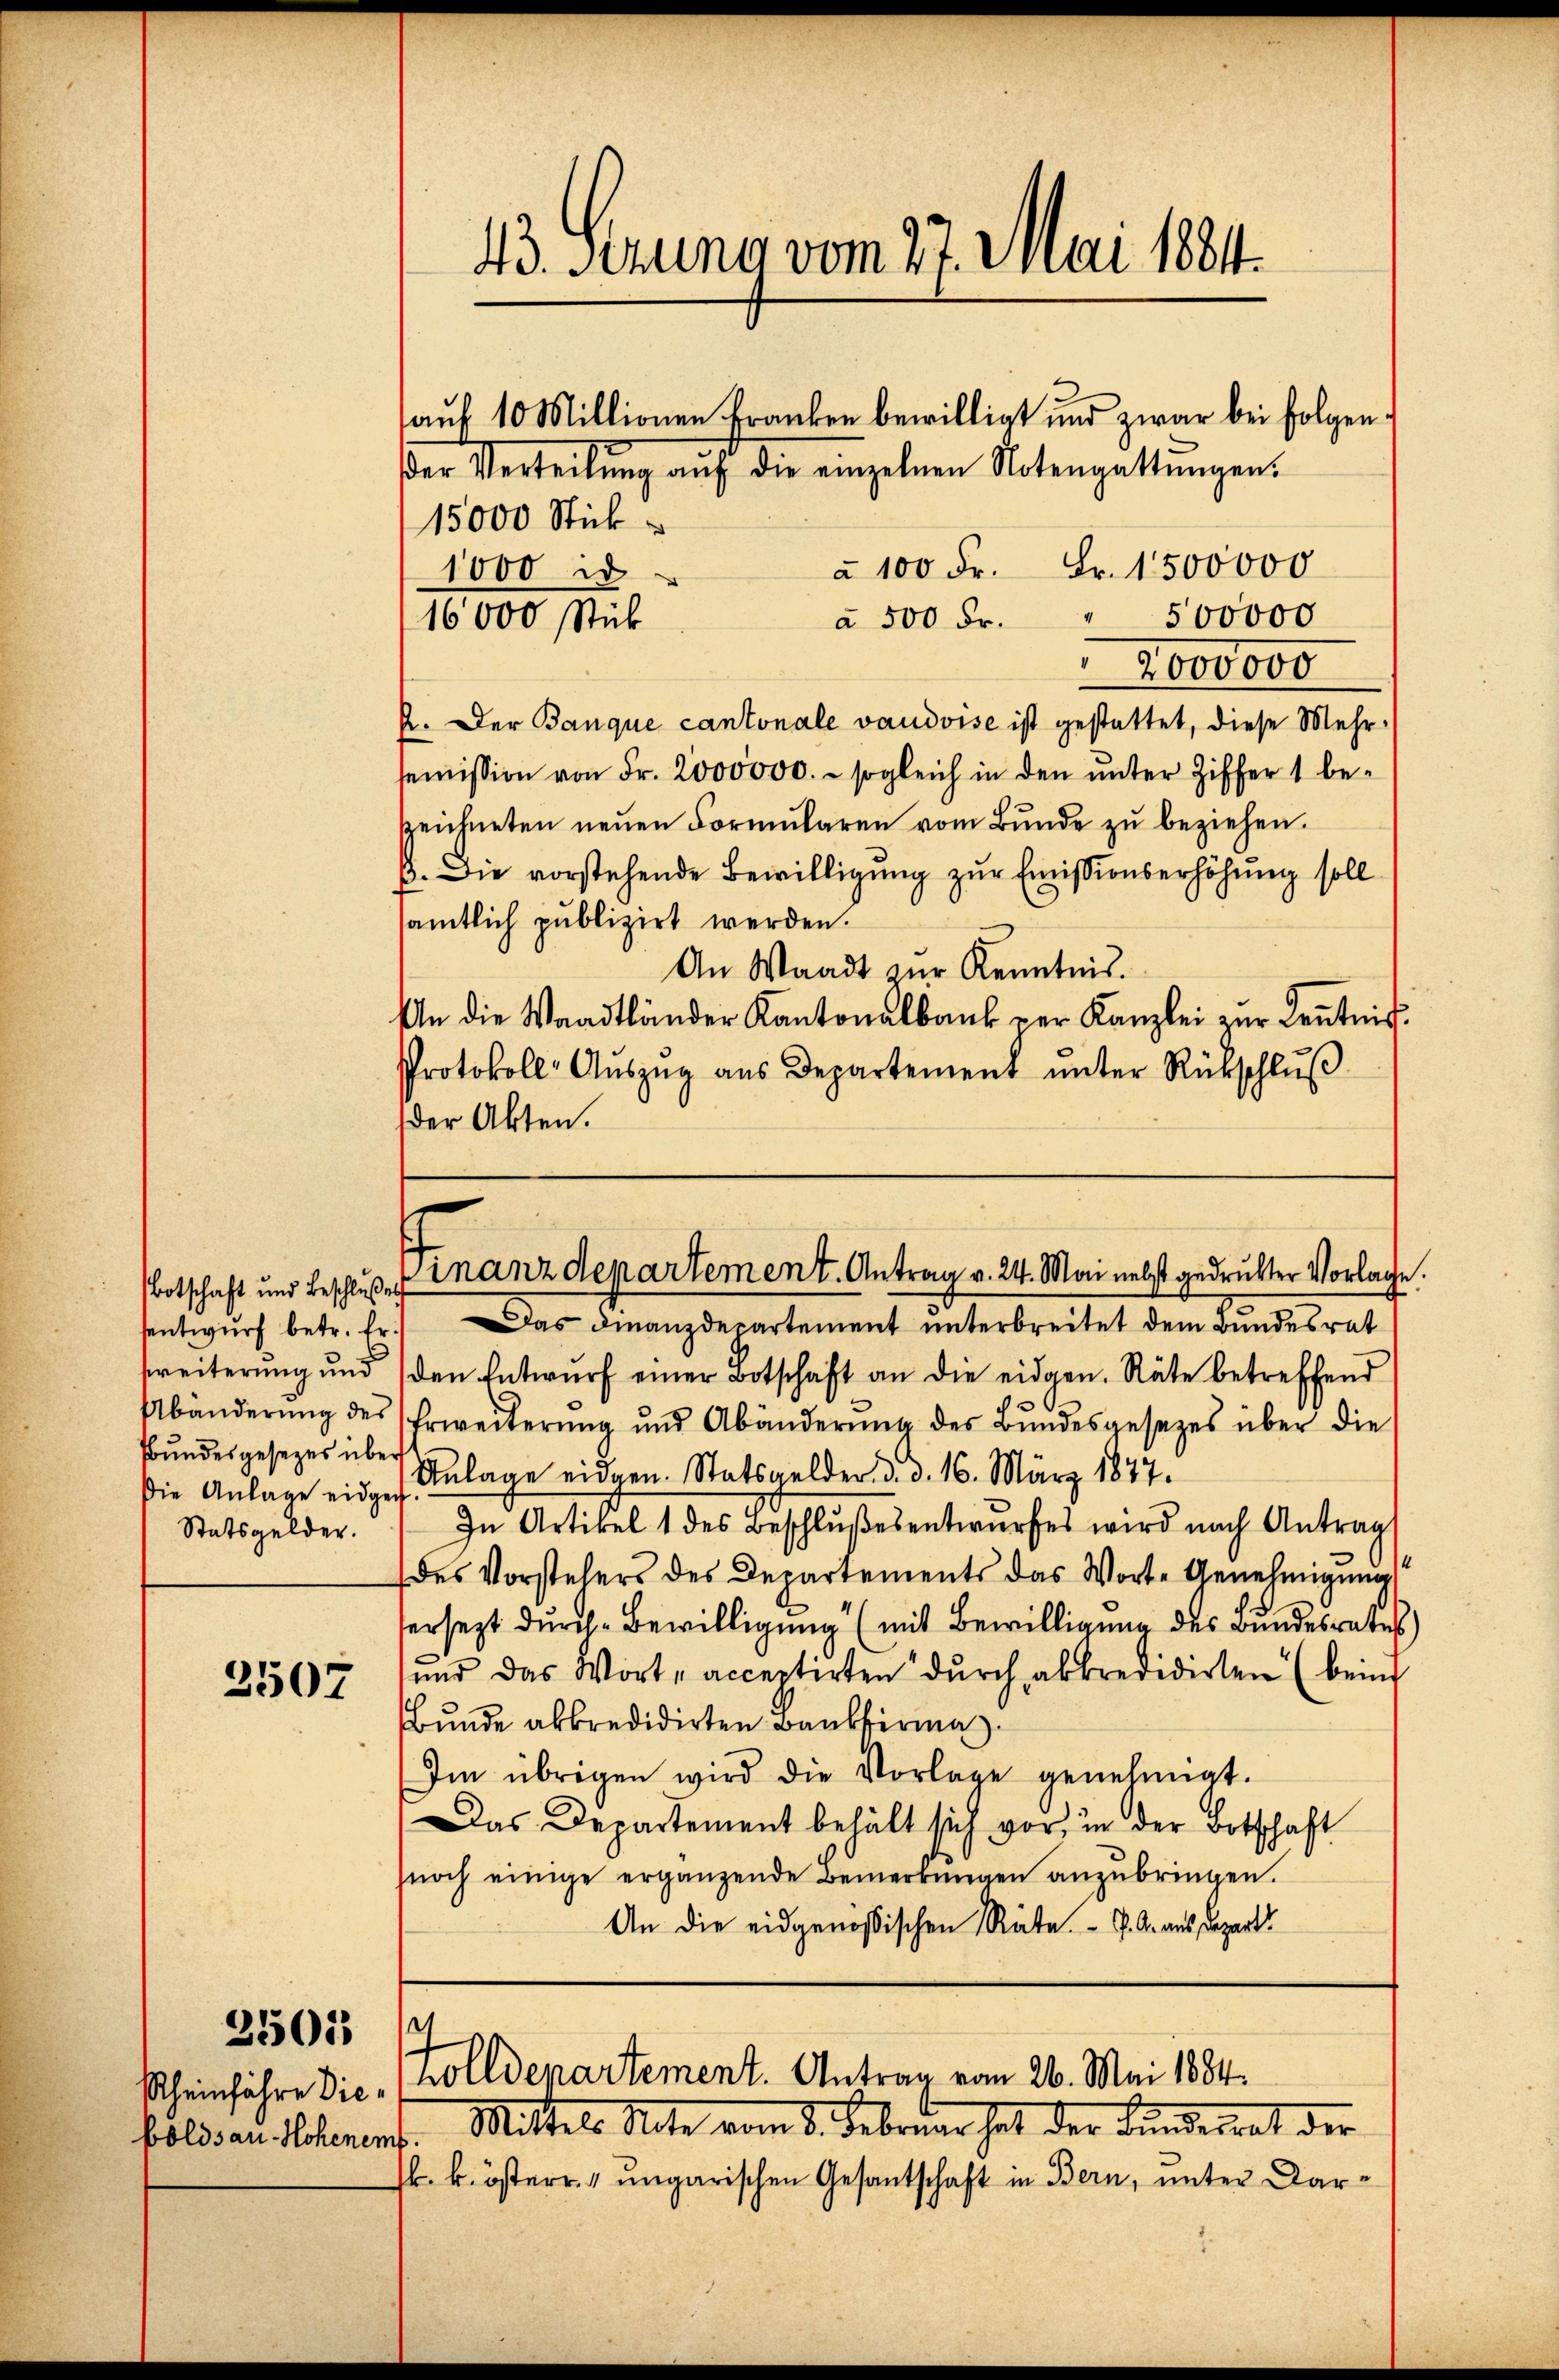
Botschaft und Beschlußes
sentwurf betr. E
zweiterung und
Abänderung der
Bundesgesezes üb
Die Anlage eid.
Statsgelder.

2507

2501

Rheinfahre dieboldsau-Hohenemt

43. Serung vom 27. Mai 1881.
auf 10 Millionen Franken bewilligt und zwar bei folgen¬

15000 Stück
à 100 Fr. Fr. 1500000
1000 i
" 500000
à 500 Fr.
16000 Stück
2,000000
2. Der Banque cantonale vaudoise ist gestattet, diese Mehrseṁission von Fr. 2000000. - sogleich in den unter Ziffer 1 bezeichneten neŭen Formŭlaren vom Bunde zŭ beziehen.
3. Die vorstehende Bewilligŭng zŭr Emissionserhöhŭng soll
sämtlich publizirt werden.
An Waadt zŭr Kenntnis.
An die Waadtländer Kantonalbank ver Kanzlei zŭr Leŭtnis.
Protokoll Aŭszŭg aŭs Departement ŭnter Rückschlŭβ
der Akten.
Finanzdepartement. Antrag v. 24. Mai nebst gedruckter Vorlage.
Das Finanzdepartement unterbreitet dem Bundesrat
.
den Entwŭrf einer Botschaft an die eidgen. Räte betreffend
Erweiterŭng und Abänderŭng des Bŭndesgesezes über die
er
Anlage eidgen. Statsgelder. d. d. 16. März 1877.
In Artikel 1 des Beschlŭβesentwŭrfes wird nach Antrag
des Vorstehers des Departements das Worte Genehmigŭng
versezt durch Bewilligung (mit Bewilligung des Bundesrates)
und das Wort „acceptirten dŭrch abkredidirten (beim
Bŭnde abkredidirten Bankfirma
Im übrigen wird die Vorlage genehmigt.
Das Departement behält sich vor, in der Botschaft
noch einige ergänzende Bemerkungen anzubringen.
An die eidgenössischen Räte. - J. A. aus Depart

der Verteilŭng auf die einzelnen Notengattungens

Zolldepartement. Antrag vom 26. Mai 1884.

Mittels Rate vom 5. Februar hat der Bundesrat der
sk. k. österr. 4 ungarischen Gesantschaft in Bern, unter Dar¬